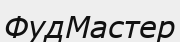
ФудМастер